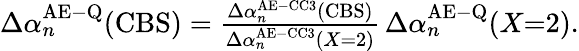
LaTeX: \begin{array}{r}{\Delta\alpha_{n}^{\mathrm{AE\mathrm{-}Q}}(\mathrm{CBS})=\frac{\Delta\alpha_{n}^{\mathrm{AE\mathrm{-}CC3}}(\mathrm{CBS})}{\Delta\alpha_{n}^{\mathrm{AE\mathrm{-}CC3}}(X\mathrm{=}2)}\, \Delta\alpha_{n}^{\mathrm{AE\mathrm{-}Q}}(X\mathrm{\mathrm{=}2}).}\end{array}